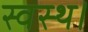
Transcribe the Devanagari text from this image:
स्वस्थ।